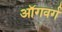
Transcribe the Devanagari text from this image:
ऑगवर्ग